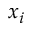
x _ { i }